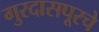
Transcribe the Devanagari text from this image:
गुरदासपूरचे